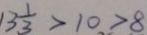
1 3 \frac { 1 } { 3 } > 1 0 > 8